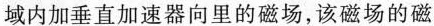
域内加垂直加速器向里的磁场，该磁场的磁